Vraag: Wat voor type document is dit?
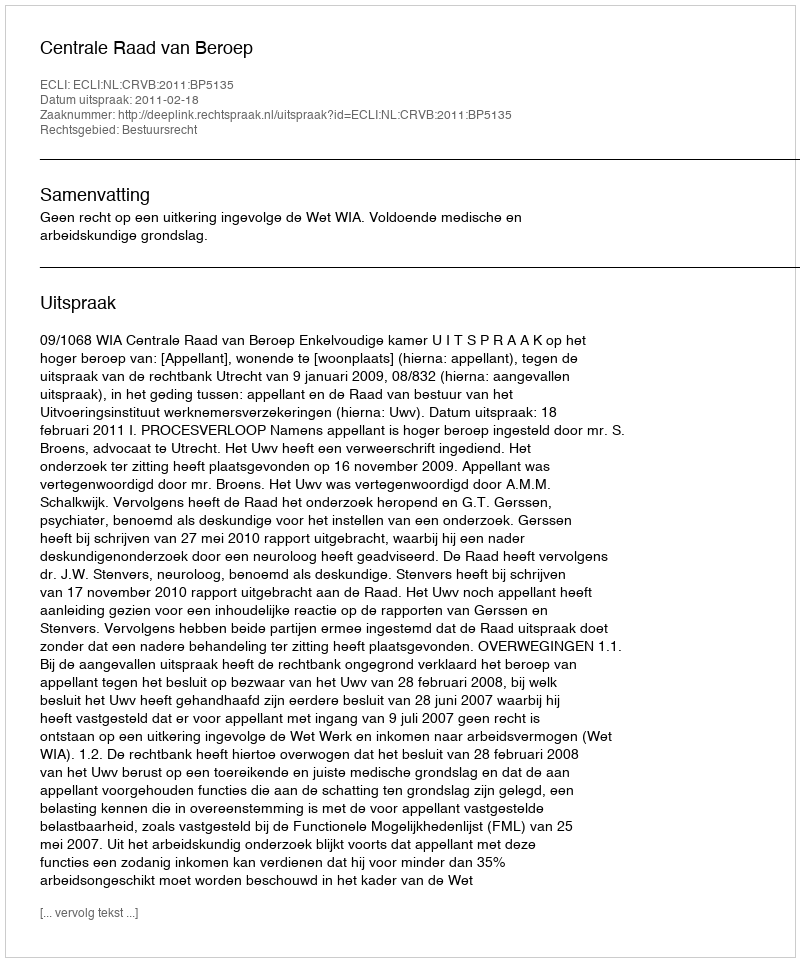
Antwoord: Uitspraak